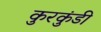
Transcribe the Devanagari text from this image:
कुरकुंडी